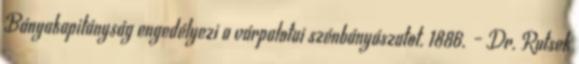
Bányakapitányság engedélyezi a várpalotai szénbányászatot. 1886. – Dr. Rutsek